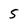
Character: 5